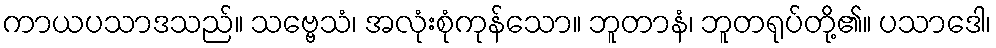
ကာယပသာဒသည်။ သဗ္ဗေသံ၊ အလုံးစုံကုန်သော။ ဘူတာနံ၊ ဘူတရုပ်တို့၏။ ပသာဒေါ၊